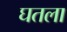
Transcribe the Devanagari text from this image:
घतला